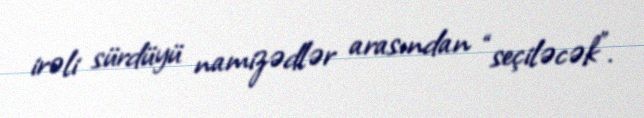
irəli sürdüyü namizədlər arasından “seçiləcək”.